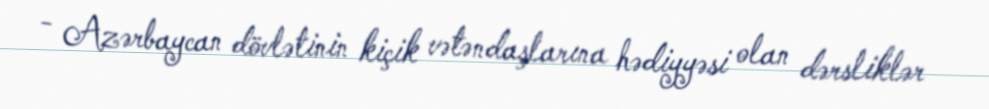
- Azərbaycan dövlətinin kiçik vətəndaşlarına hədiyyəsi olan dərsliklər